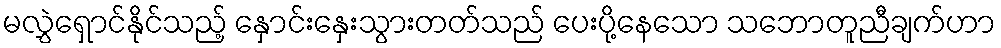
မလွှဲရှောင်နိုင်သည့် နှောင်းနှေးသွားတတ်သည် ပေးပို့နေသော သဘောတူညီချက်ဟာ